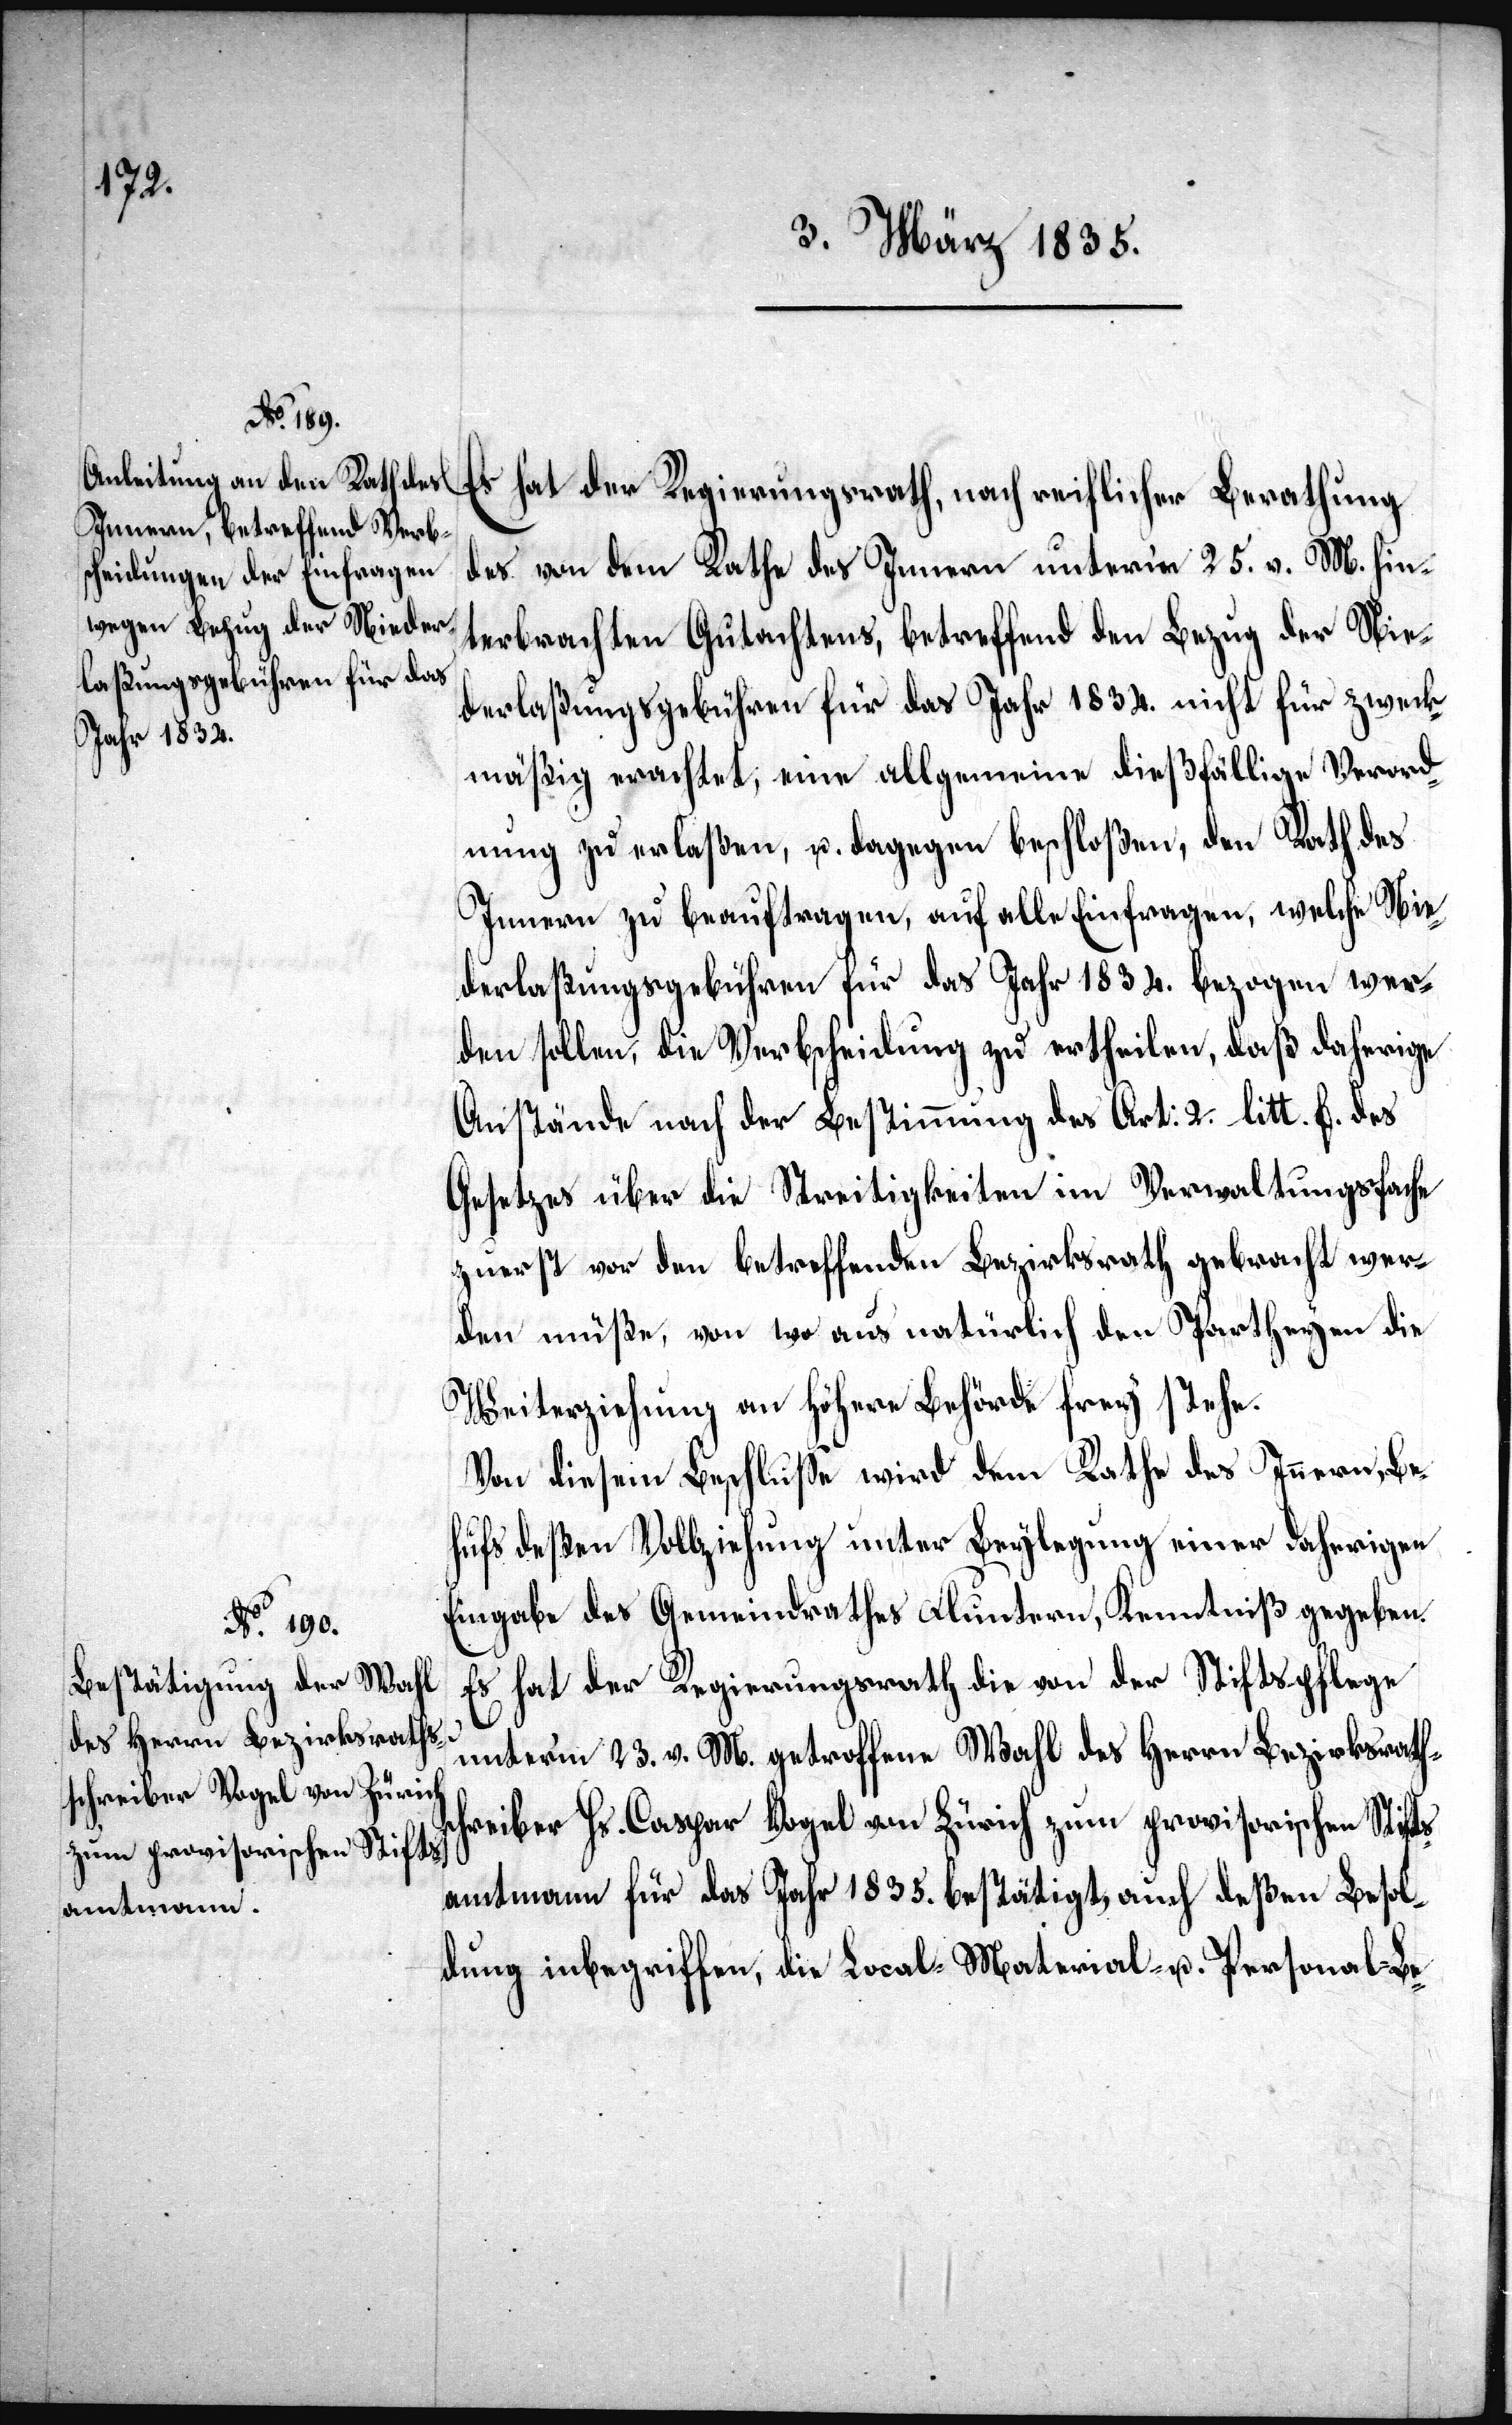
Er hat der Regierungsrath, nach reiflicher Berathung
des von dem Rathe des Innern unterm 25. v. M. hin¬
terbrachten Gutachtens, betreffend den Bezug der Nie¬
derlaßungsgebühren für das Jahr 1834. nicht für zweck¬
mäßig erachtet, eine allgemeine dießfällige Verord¬
nung zu erlaßen, u. dagegen beschloßen, den Rath des
Innern zu beauftragen, auf alle Einfragen, welche Nie¬
derlaßungsgebühren für das Jahr 1834. bezogen wer¬
den sollen, die Verbscheidung zu ertheilen, daß daherige
Anstände nach der Bestimmung des Art: 2. litt. f. des
Gesetzes über die Streitigkeiten im Verwaltungsfache
zuerst vor den betreffenden Bezirksrath gebracht wer¬
den müße[n], von wo aus natürlich den Partheyen die
Weiterziehung an Höhere Behörde frey stehe.
Von diesem Beschluße wird dem Rathe des Innern, Be¬
hufs deßen Vollziehung unter Beylegung einer daherigen
Eingabe des Gemeindrathes Fluntern, Kenntniß gegeben.
Es hat der Regierungsrath die von der Stiftspflege
unterm 23. v. M. getroffene Wahl des Herrn Bezirksrath¬
schreiber Hs. Caspar Vogel von Zürich zum provisorischen Stifts¬
amtmann für das Jahr 1835. bestätigt, auch deßen Besol¬
dung inbegriffen, die Local-[,] Material- u. Personal-Be-